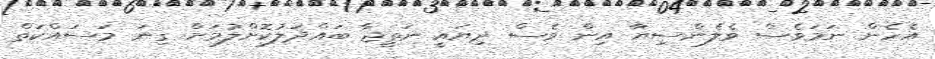
އެހެން ނަމަވެސް ވެލެންސިޔާ އިން ވެސް ދިޔައީ ނަތީޖާ ބައްދަލުކޮށްލުމަށް ގިނަ މަސައްކަތް